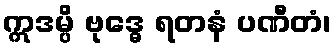
ဣဒမ္ပိ ဗုဒ္ဓေ ရတနံ ပဏီတံ၊